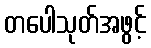
တပေါသုတ်အဖွင့်